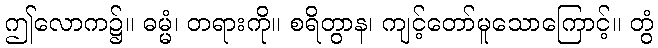
ဤလောက၌။ ဓမ္မံ၊ တရားကို။ စရိတွာန၊ ကျင့်တော်မူသောကြောင့်။ တွံ